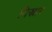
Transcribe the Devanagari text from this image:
विस्त्रार